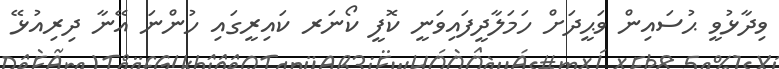
ވިދާޅުވީ ޙުސައިން ވަޙީދަށް ހަމަލާދީފައިވަނީ ކޮފީ ކޯނަރ ކައިރީގައި ހުންނަ އޭނާ ދިރިއުޅޭ